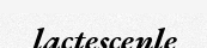
lactescenle